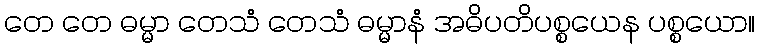
တေ တေ ဓမ္မာ တေသံ တေသံ ဓမ္မာနံ အဓိပတိပစ္စယေန ပစ္စယော။